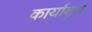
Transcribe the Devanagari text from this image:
कार्याक्र्म